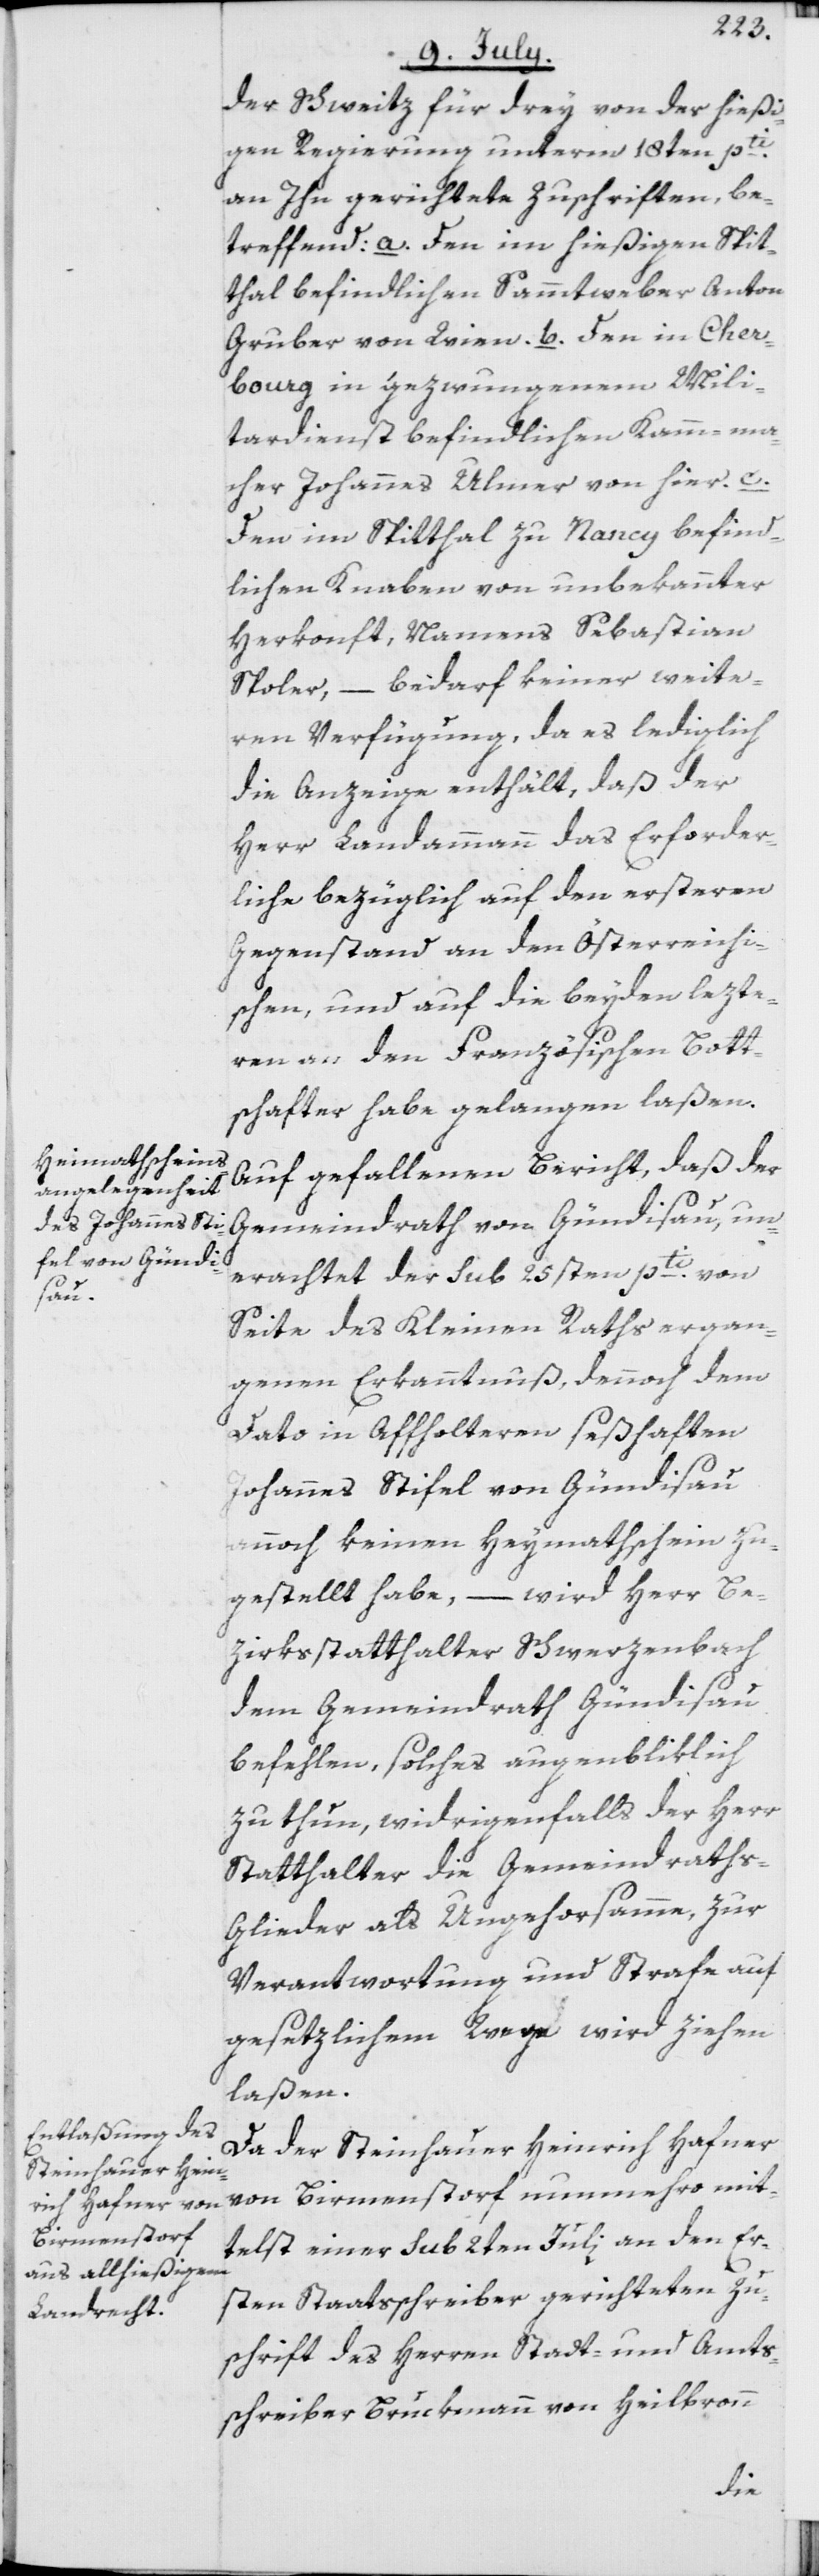
der Schweitz für drey von der hießi¬
gen Regierung unterm 18ten pti.
an Ihn gerichtete Zuschriften, be¬
treffend: a. Den im hießigen Spit¬
thal befindlichen Sammtweber Anton
Gruber von Wien. b. Den in Cher¬
bourg in gezwungenem Mili¬
tardienst befindlichen Kamm-ma¬
cher Johannes Ulmer von hier. c.
Den im Spitthal zu Nancy befind¬
lichen Knaben von unbekannter
Herkonft, Namens Sebastian
Spoler, – bedarf keiner weite¬
ren Verfügung, da es lediglich
die Anzeige enthält, daß der
Herr Landammann das Erforder¬
liche bezüglich auf den ersteren
Gegenstand an den Österreichi¬
schen, und auf die beyden lezte¬
ren an den Französischen Bott¬
schafter habe gelangen laßen.
Auf gefallenen Bericht, daß der
Gemeindrath von Gündisau, un¬
erachtet der sub 25sten pti. von
Seite des Kleinen Raths ergan¬
genen Erkanntnuß, dennoch dem
Dato in Affholteren seßhaften
Johannes Stifel von Gündisau
annoch keinen Heymathschein zu¬
gestellt habe, – wird Herr Be¬
zirksstatthalter Schwerzenbach
dem Gemeindrath Gündisau
befehlen, solches augenbliklich
zu thun, widrigenfalls der Herr
Statthalter die Gemeindrath¬
s-Glieder als Ungehorsamme, zur
Verantwortung und Strafe auf
gesetzlichem Wege wird ziehen
laßen.
Da der Steinhauer Heinrich Hafner
von Birmenstorf nunmehro mit¬
telst einer sub 2ten Juli an den Er¬
sten Staatsschreiber gerichteten Zu¬
schrift des Herren Stadt- und Amts¬
schreiber Bruckmann von Heilbronn